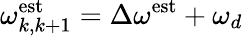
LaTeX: \omega_{k,k+1}^{\textrm{est}}=\Delta\omega^{\textrm{est}}+\omega_{d}